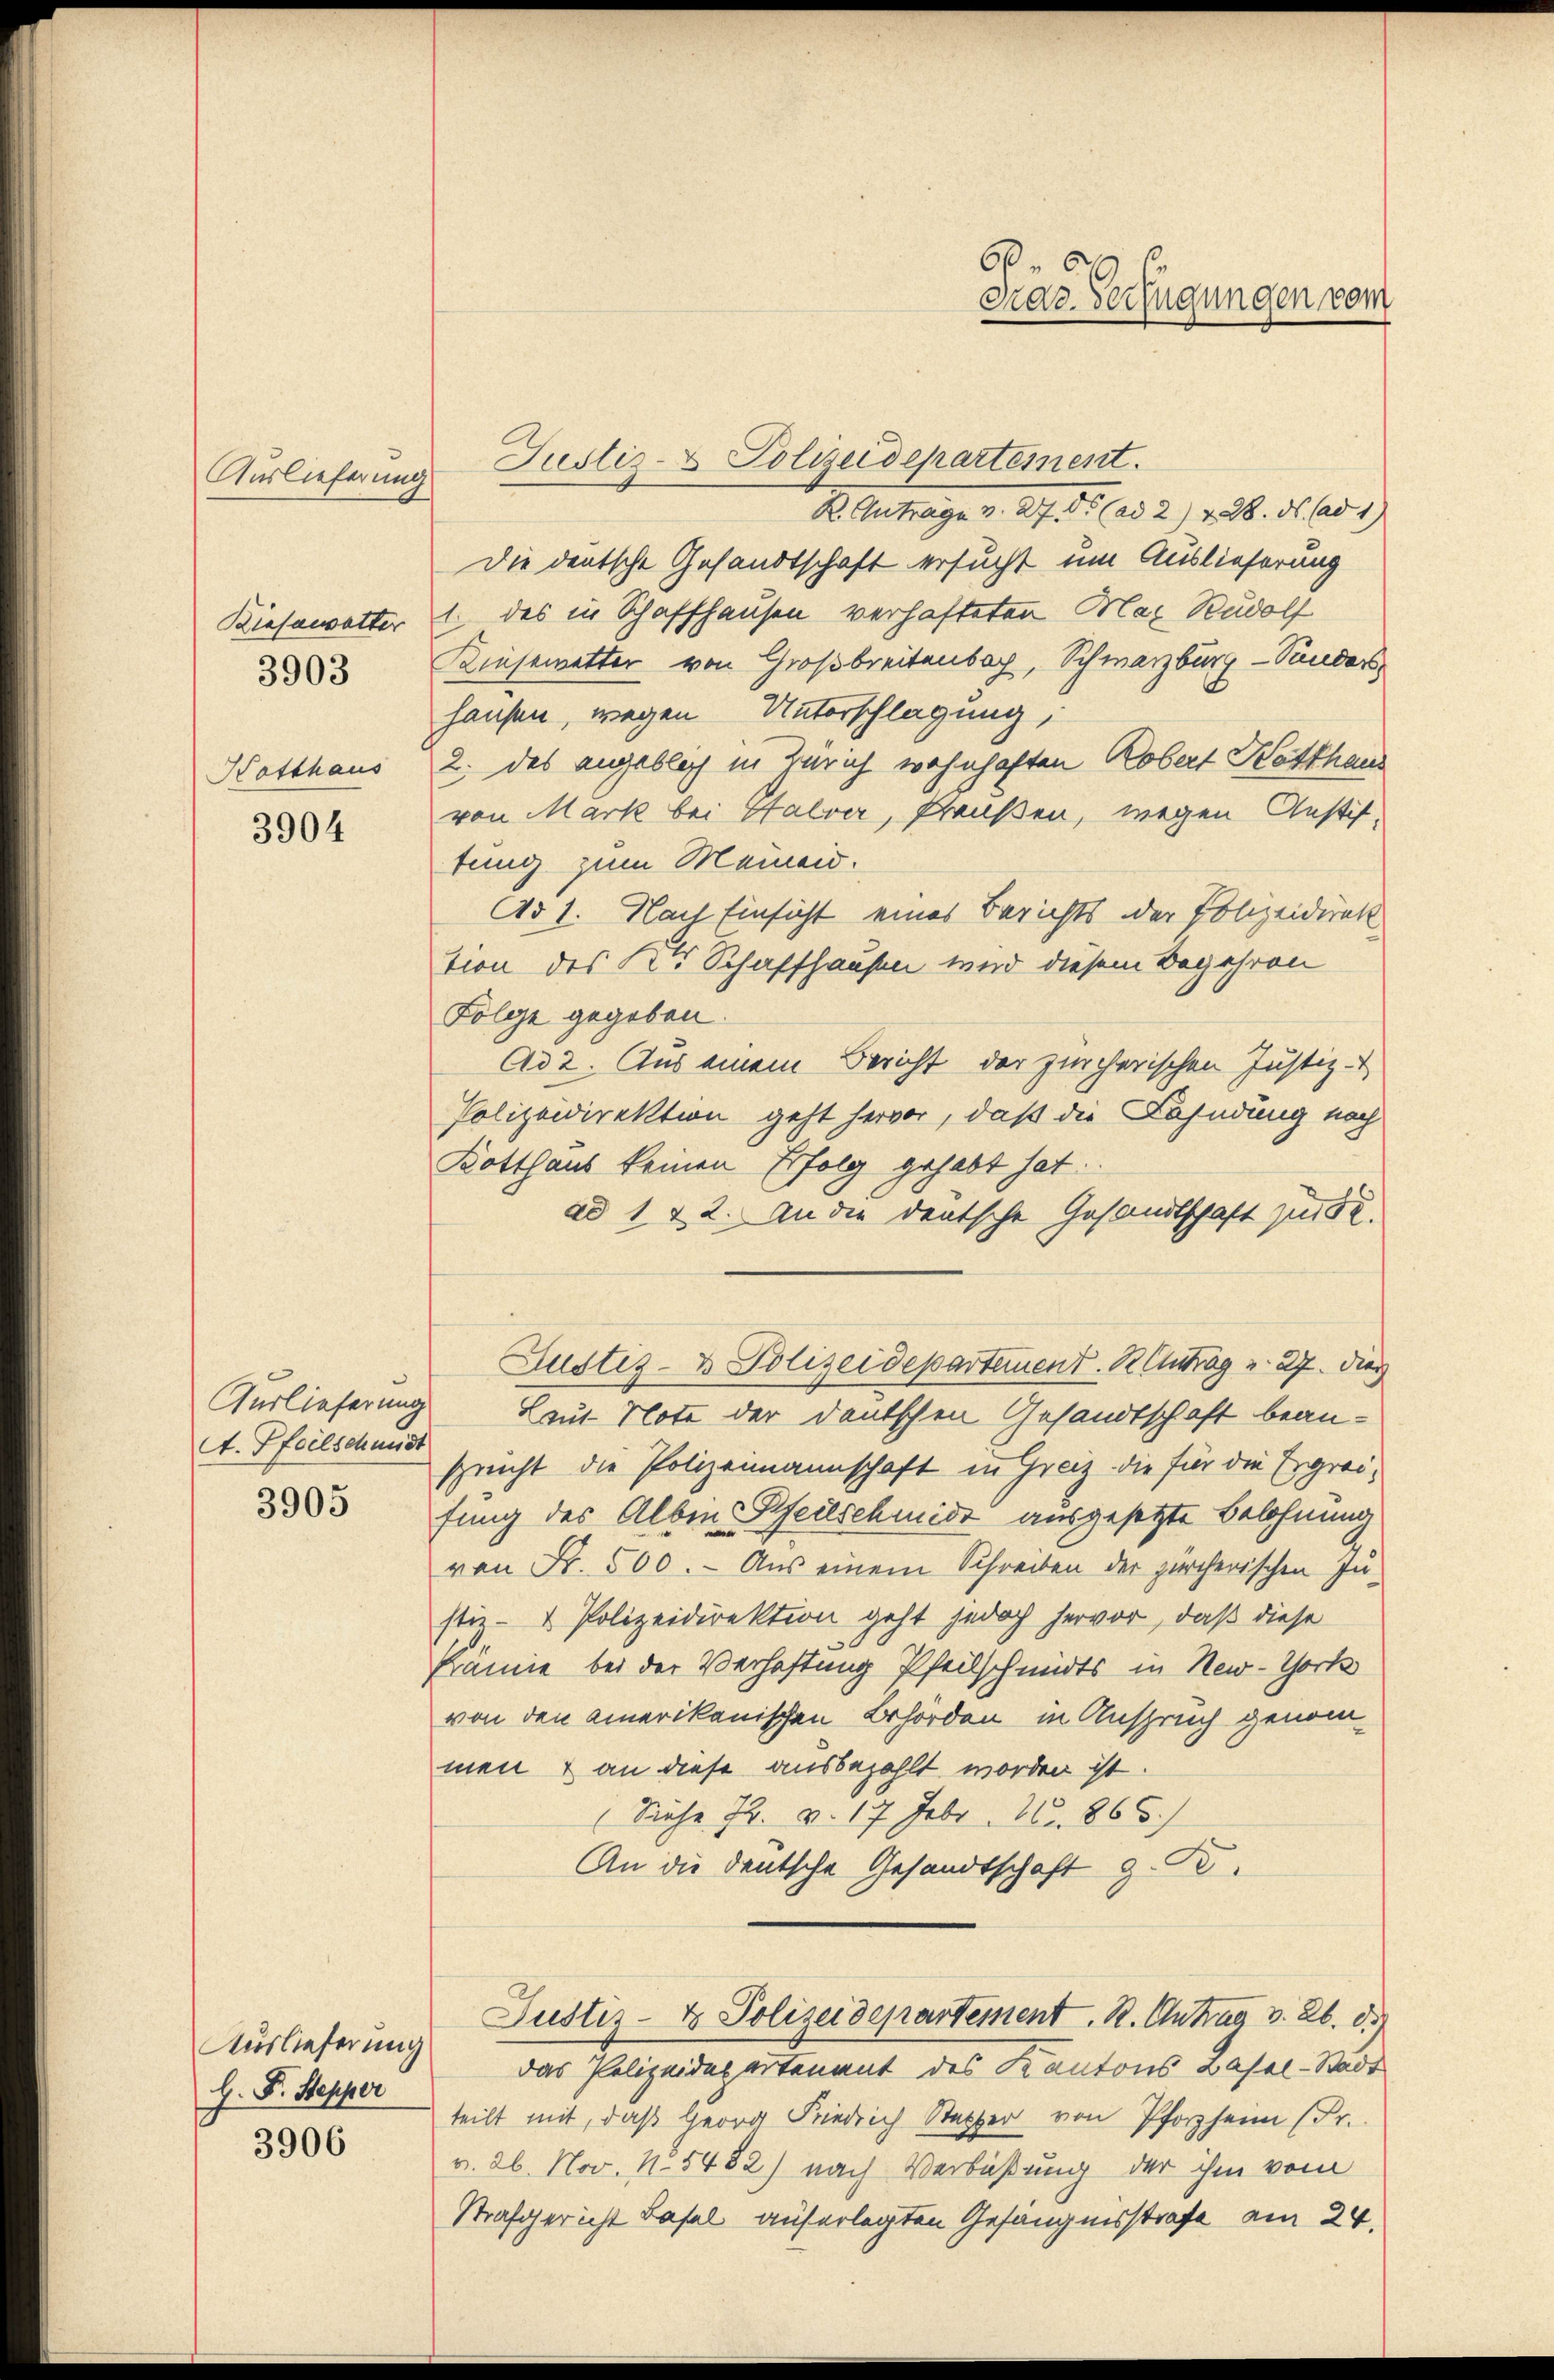
Auslieferung
Biesawetter
3903
Hatthaus

3904

Auslieferung
A. Pfeilschmidt
3905

Auslieferung
H. F. Stepper
3906

Justiz- & Polizeidepartement.
K. Antrage v. 27. ds (ad 2) 128. ds. ad 1)
Die deutsche Gesandtschaft ersucht um Auslieferung
1. des in Schaffhausen verhafteten Max Rudolf
Kiesewetter von Großbreitenbach, Schwarzburg - Sanders
hausen, wegen Unterschlagung,
2. das angeblich in Zürich wohnhaften Robert Hotthaus
von Mark bei Halver, Preußen, wegen Anstif-
tung zum Memend.
Ad 1. Nach Einsicht eines Berichts der Polizeidirek
tion des Kt. Schaffhausen wird diesem Begehren
Folge gegeben.
Ad 2. Aus einem Bericht der zürcherischen Justiz-
Polizeidirektion geht hervor, daß die Lahndung noch
Kotthaus keinen Erfolg gehabt hat.
ad 1 & 2. An die deutsche Gesandtschaft zur Dr.
Justiz- & Polizeidepartement. R. Clutrag v. 27. dies
Laut Note der deutschen Gesandtschaft beansprecht die Polizeimannschaft in Graz die für die Ergreifung des Alben Pfeilschmidt ausgesetzte Belohnung
von Fr. 500. - Aus einem Schreiben der zürcherischen Instiz- & Polizeidirektion geht jedoch hervor, daß diese
kämie bei der Verhaftung Pfeilschmidts in New-York
von den amerikanischen Behörden in Anspruch genommen & an diese ausbezahlt worden ist.
(Siehe 72. v. 17 Febr. 1865.]
An die deutsche Gesandtschaft z. B.
Justiz- & Polizeidepartement. R. Antrag v. 26. d.
das Polizeidepartement des Kantons Basel-Stadt
teilt mit, daß Herrn Friedrich Stetter von Pforzheim (Fr.
v. 26. Nov. 1. 5482) nach Verbüßung der ihm vom
Strafgericht dasel auferlegten Gefängnisstrafe am 24.

Dias Verfügungen vom